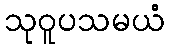
သုဝူပသမယံ